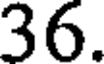
36.